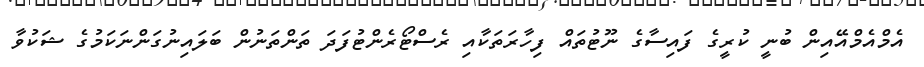
އެމްއެމްއޭއިން ބުނީ ކުރީގެ ފައިސާގެ ނޫޓުތައް ފިހާރަތަކާއި ރެސްޓޯރެންޓުފަދަ ތަންތަނުން ބަލައިނުގަންނަކަމުގެ ޝަކުވާ